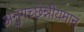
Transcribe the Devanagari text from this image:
अनुगच्छेन्नीयमानं